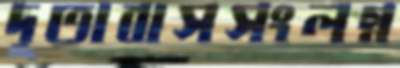
দূতাবাসসংলগ্ন